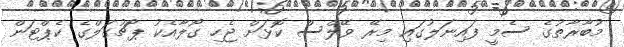
މުބާރާތުގެ ސެމީ ފައިނަލުގައި މިރޭ ވޭލްސް ކޮޅަށް ޖެހި ގޯލާއެކު ޕޯޗުގަލްގެ ކެޕްޓަން